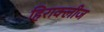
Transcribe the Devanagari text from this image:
हिराक्लीज